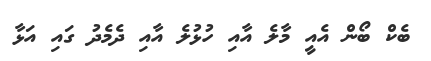
ބެކް ބޯން އެއީ މާލެ އާއި ހުޅުލެ އާއި ދެމެދު ގައި އަޅާ